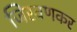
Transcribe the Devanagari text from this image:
जिरवणकर